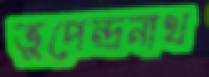
ভূপেন্দ্রনাথ